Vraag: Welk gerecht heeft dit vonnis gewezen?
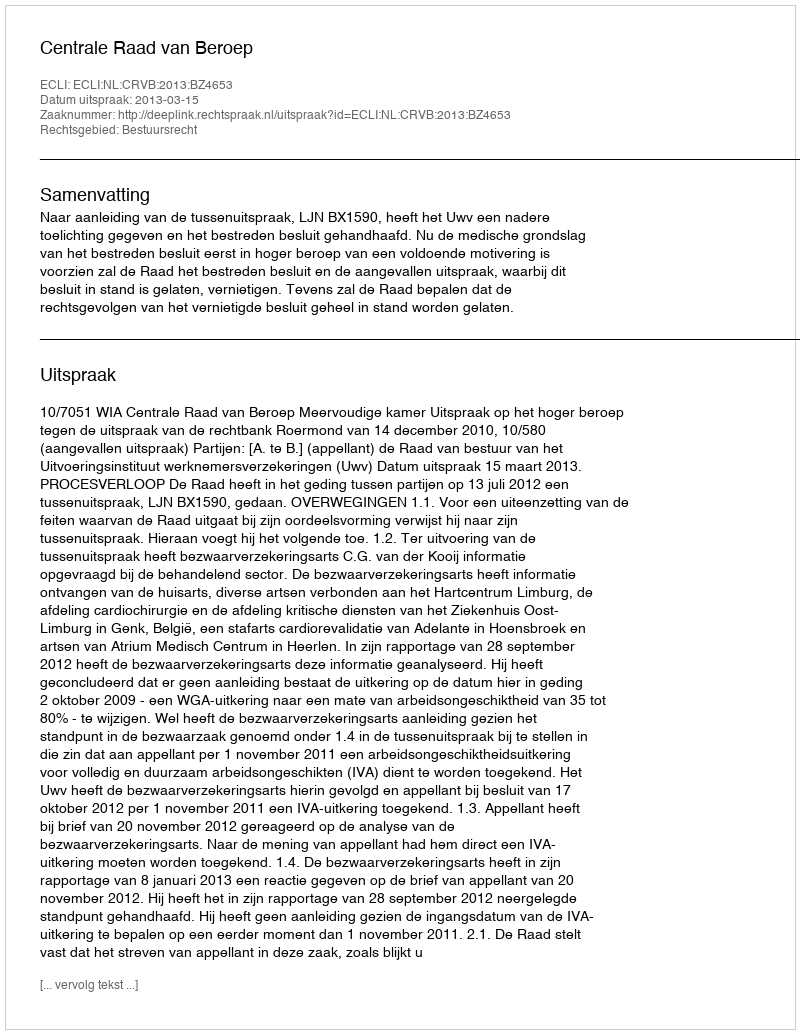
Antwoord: Centrale Raad van Beroep